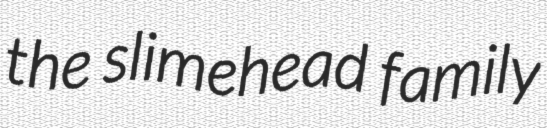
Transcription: the slimehead family